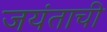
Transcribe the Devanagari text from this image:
जयंताची